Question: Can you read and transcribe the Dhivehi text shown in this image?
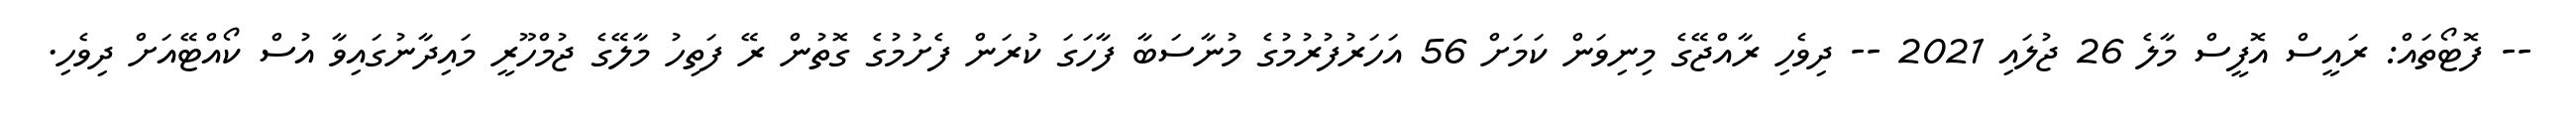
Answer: -- ފޮޓޯތައް: ރައީސް އޮފީސް މާލެ 26 ޖުލައި 2021 -- ދިވެހި ރާއްޖޭގެ މިނިވަން ކަމަށް 56 އަހަރުފުރުމުގެ މުނާސަބާ ފާހަގަ ކުރަން ފެށުމުގެ ގޮތުން ރޭ ފަތިހު މާލޭގެ ޖުމްހޫރީ މައިދާނުގައިވާ އުސް ކޯއްޓޭއަށް ދިވެހި.